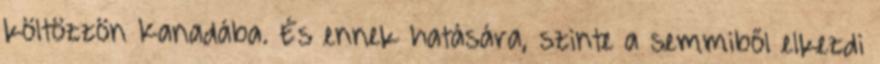
költözzön Kanadába. És ennek hatására, szinte a semmiből elkezdi